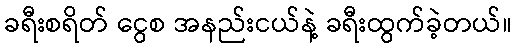
ခရီးစရိတ် ငွေစ အနည်းငယ်နဲ့ ခရီးထွက်ခဲ့တယ်။